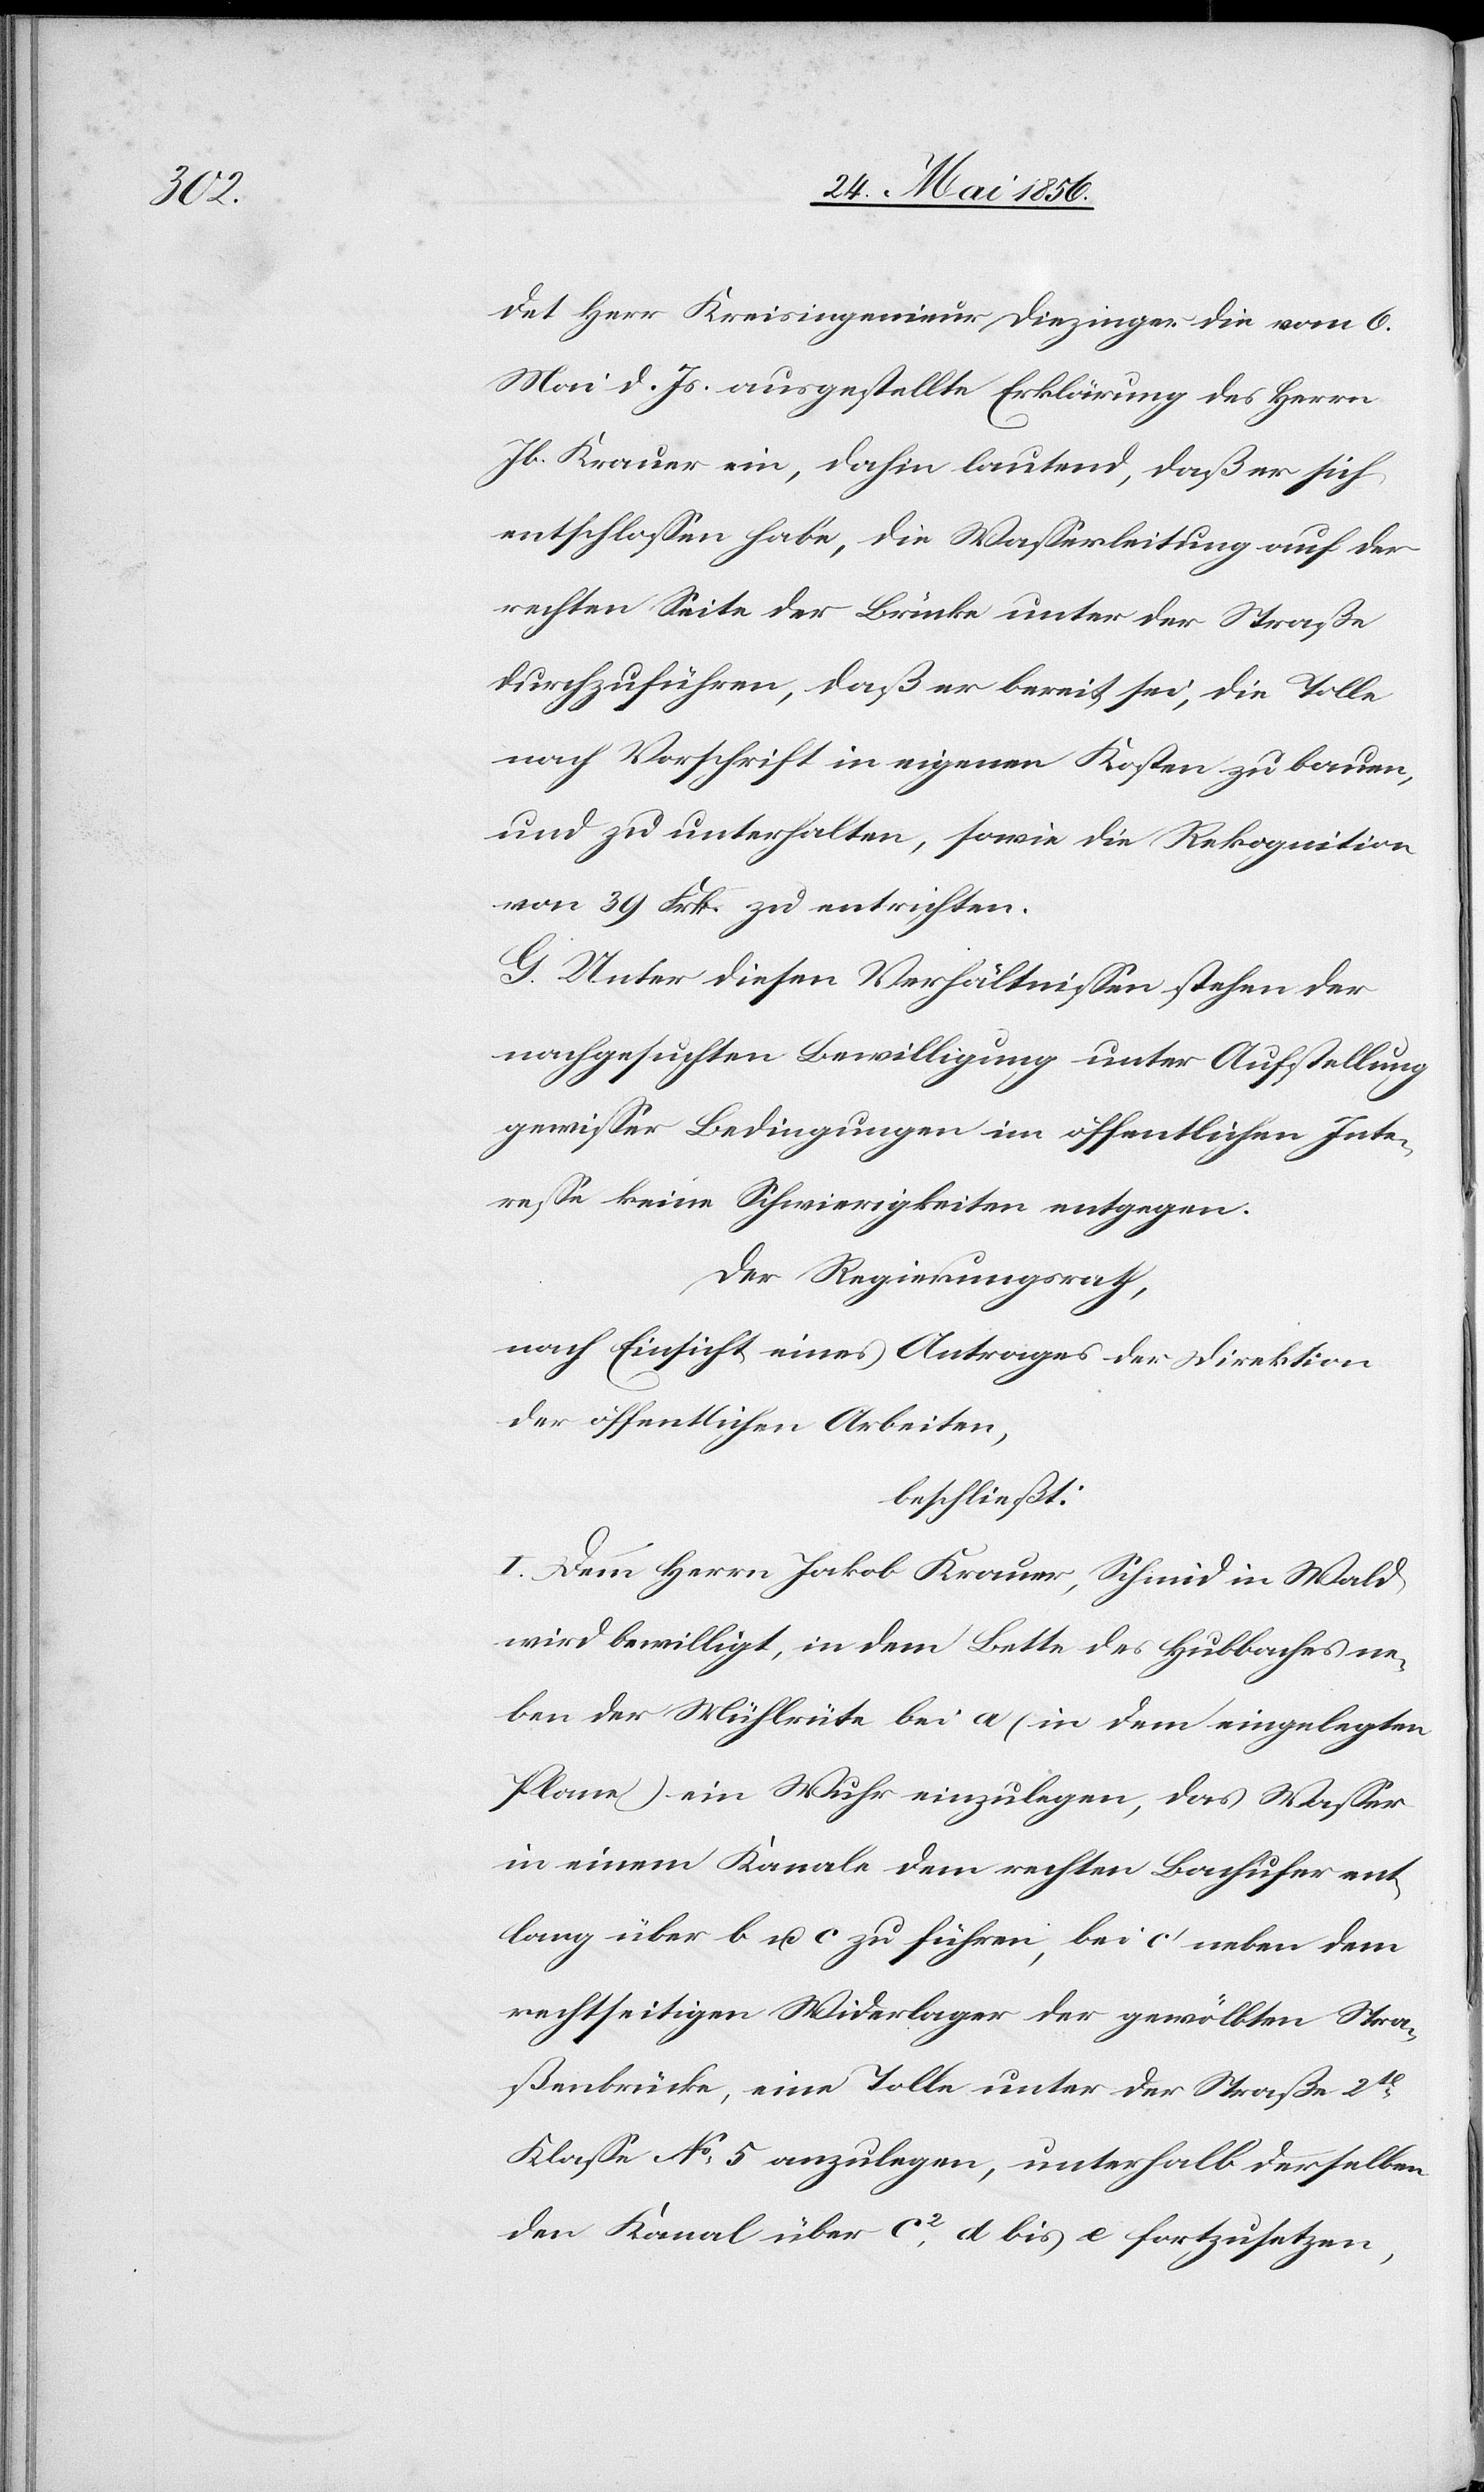
det Herr Kreisingenieur Diezinger die vom 6.
Mai d. Js. ausgestellte Erklärung des Herrn
Jb. Krauer ein, dahin lautend, daß er sich
entschlossen habe, die Wasserleitung auf der
rechten Seite der Brücke unter der Straße
durchzuführen, daß er bereit sei, die Tolle
nach Vorschrift in eigenen Kosten zu bauen
und zu unterhalten, sowie die Rekognition
von 39 Frk. zu entrichten.
G. Unter diesen Verhältnissen stehen der
nachgesuchten Bewilligung unter Aufstellung
gewisser Bedingungen im öffentlichen Inte¬
resse keine Schwierigkeiten entgegen.
Der Regierungsrath,
nach Einsicht eines Antrages der Direktion
der öffentlichen Arbeiten,
beschließt:
I. Dem Herrn Jakob Krauer, Schmid in Wald
wird bewilligt, in dem Bette des Hubbaches ne¬
ben der Mühlrüte bei a (in dem eingelegten
Plane) ein Wuhr einzulegen, das Wasser
in einem Kanale dem rechten Bachufer ent¬
lang über b u. c. zu führen, bei c’ neben dem
rechtseitigen Widerlager der gewölbten Stra¬
ßenbrücke, eine Tolle unter der Straße 2t
Klasse No 5 anzulegen, unterhalb derselben
den Kanal über c2, d bis e fortzusetzen,